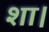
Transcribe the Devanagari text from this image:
शा।